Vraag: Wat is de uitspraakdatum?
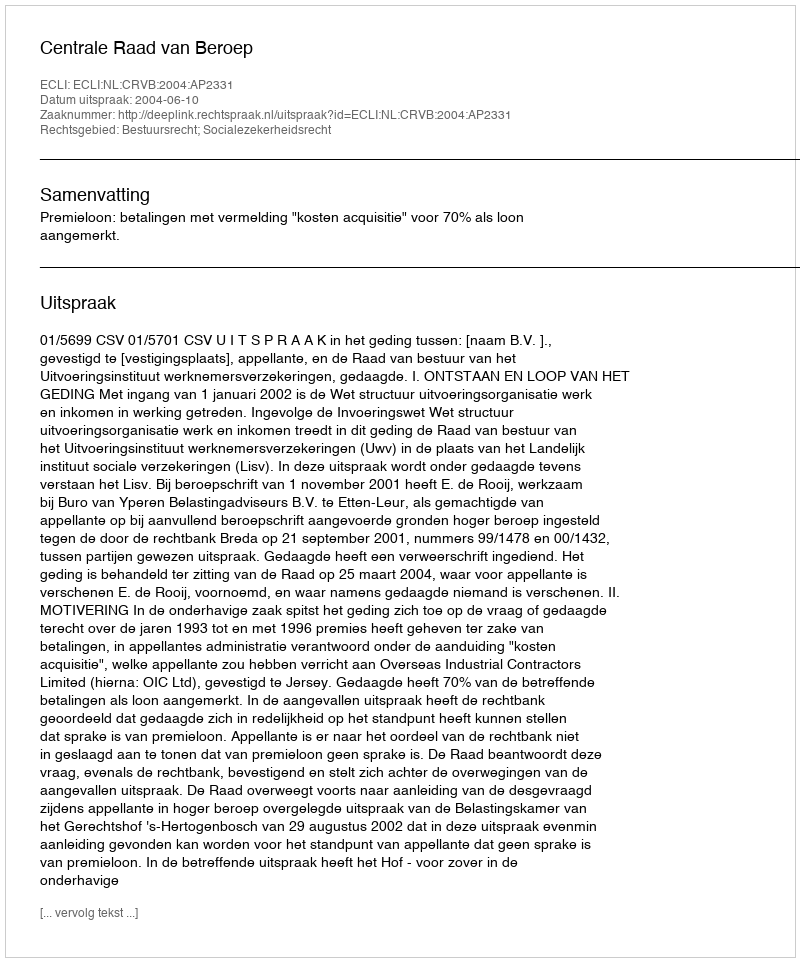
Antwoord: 2004-06-10